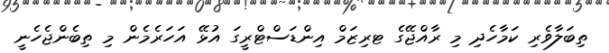
ތިބަލާވެރި ކަމާހެދި މި ރާއްޖޭގެ ޓރިޒަމް އިންޑަސްޓްރީގަ އުޅޭ އަހަރެމެން މި ތިބެންޖެހެނީ